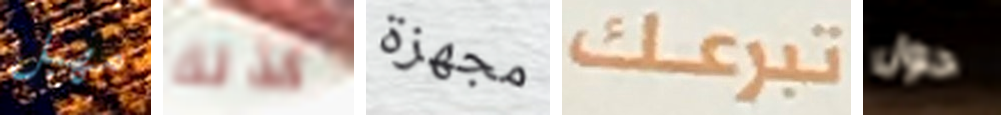
مهبل كذلك مجهزة تبرعك حول